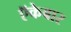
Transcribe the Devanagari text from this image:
ऍकेबार